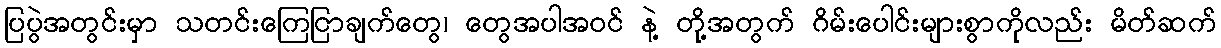
ပြပွဲအတွင်းမှာ သတင်းကြေငြာချက်တွေ၊ တွေအပါအဝင် နဲ့ တို့အတွက် ဂိမ်းပေါင်းများစွာကိုလည်း မိတ်ဆက်